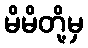
မိမိတို့မှ